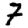
Digit: 7